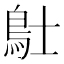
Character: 𲍚